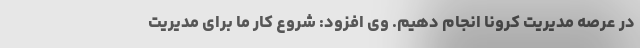
در عرصه مدیریت کرونا انجام دهیم. وی افزود: شروع کار ما برای مدیریت